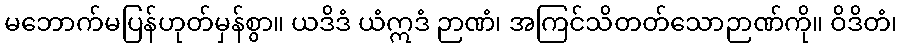
မဘောက်မပြန်ဟုတ်မှန်စွာ။ ယဒိဒံ ယံဣဒံ ဉာဏံ၊ အကြင်သိတတ်သောဉာဏ်ကို။ ဝိဒိတံ၊